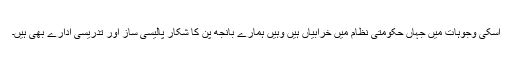
اسکی وجوہات میں جہاں حکومتی نظام میں خرابیاں ہیں وہیں ہمارے بانجھ پن کا شکار پالیسی ساز اور تدریسی ادارے بھی ہیں۔